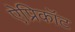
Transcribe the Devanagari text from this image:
ऐप्रिकॉट